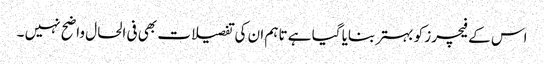
اس کے فیچرز کو بہتر بنایا گیا ہے تاہم ان کی تفصیلات بھی فی الحال واضح نہیں ۔